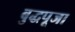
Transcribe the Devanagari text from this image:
बुद्धपूजा